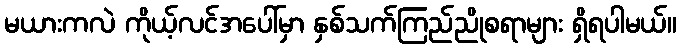
မယားကလဲ ကိုယ့်လင်အပေါ်မှာ နှစ်သက်ကြည်ညိုစရာများ ရှိရပါမယ်။